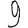
Digit: 9